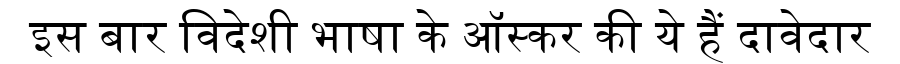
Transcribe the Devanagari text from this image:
इस बार विदेशी भाषा के ऑस्कर की ये हैं दावेदार